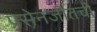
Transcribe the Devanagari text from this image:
प्रसेनजीतची